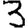
Digit: 3